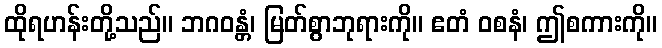
ထိုရဟန်းတို့သည်။ ဘဂဝန္တံ၊ မြတ်စွာဘုရားကို။ ဧတံ ဝစနံ၊ ဤစကားကို။